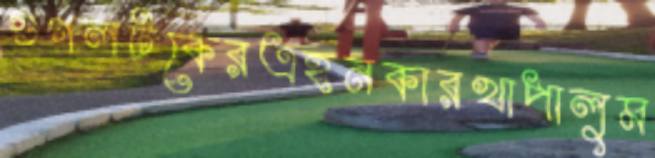
গুগলটকেরএহনকারখাপালুম